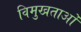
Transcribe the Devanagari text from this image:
विमुखताओं